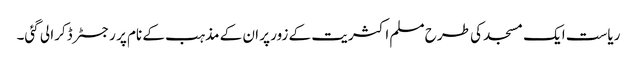
ریاست ایک مسجد کی طرح مسلم اکثریت کے زور پر ان کے مذہب کے نام پر رجسٹر ڈکرا لی گئی۔